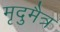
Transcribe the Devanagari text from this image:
मृदुमैत्र